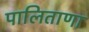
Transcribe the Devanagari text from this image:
पालिताणा